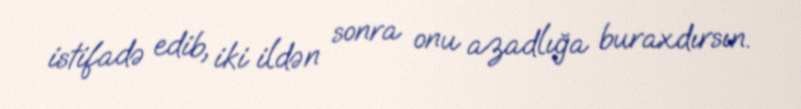
istifadə edib, iki ildən sonra onu azadlığa buraxdırsın.